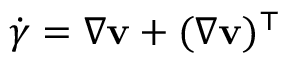
\dot { \boldsymbol { \gamma } } = \nabla \mathbf { v } + ( \nabla \mathbf { v } ) ^ { \top }